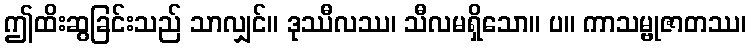
ဤထိးဆွခြင်းသည် သာလျှင်။ ဒုဿီလဿ၊ သီလမရှိသော။ ပ။ ကာသမ္ဗုဇာတဿ၊